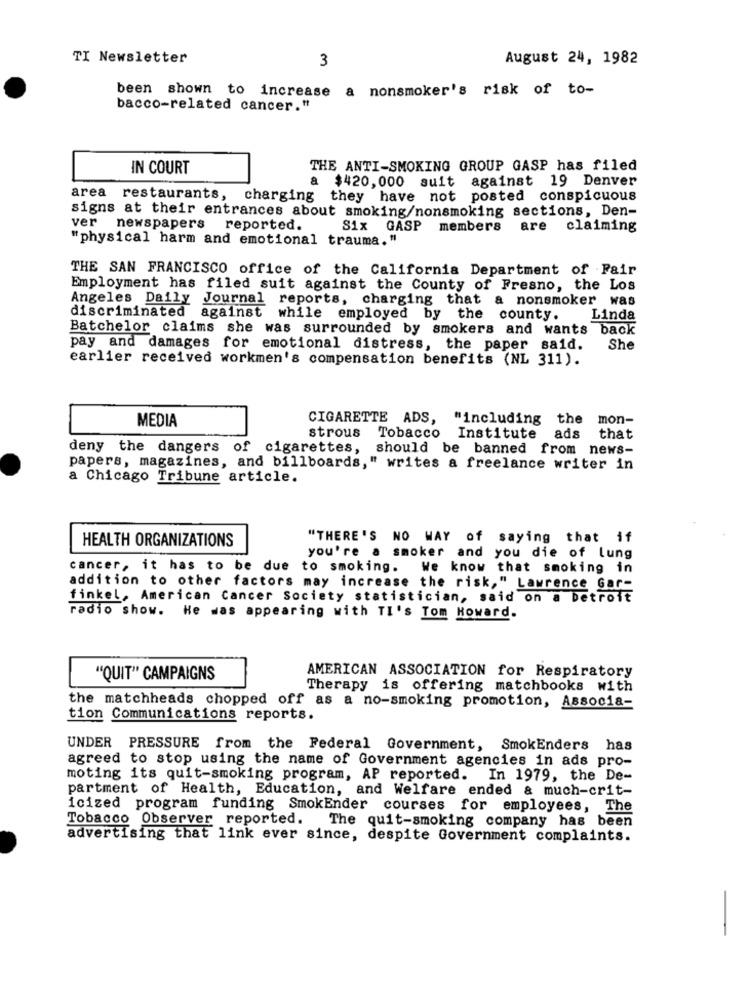
TI Newsletter
3
August 24, 1982
been shown to increase a nonsmoker's risk of to-
bacco-related cancer."
IN COURT
THE ANTI-SMOKING GROUP GASP has filed
a $420,000 suit against 19 Denver
area restaurants,
charging they have not posted conspicuous
signs at their entrances about smoking/nonsmoking sections, Den-
ver
newspapers
reported.
Six
GASP members
are
claiming
"physical harm and emotional trauma."
THE SAN FRANCISCO office of the California Department of Fair
Employment has filed suit against the County of Fresno, the Los
Angeles Daily Journal reports, charging that a nonsmoker was
discriminated against while employed by the county.
Linda
Batchelor claims she was surrounded by smokers and wants back
pay and damages for emotional distress, the paper said.
She
earlier received workmen's compensation benefits (NL 311).
MEDIA
CIGARETTE ADS, "including the
mon-
strous
Tobacco Institute ads
that
deny the dangers of cigarettes,
should be banned from news-
papers, magazines, and billboards," writes a freelance writer in
a Chicago Tribune article.
HEALTH ORGANIZATIONS
"THERE'S NO WAY of saying that if
you're a smoker and you die of lung
cancer, it has to be due to smoking. We know that smoking in
addition to other factors may increase the risk," Lawrence Gar-
finkel, American Cancer Society statistician, said on a Detroit
radio show. He was appearing with TI's Tom Howard.
"QUIT" CAMPAIGNS
AMERICAN ASSOCIATION for Respiratory
Therapy is offering matchbooks with
the matchheads chopped off as a no-smoking promotion, Associa-
tion Communications reports.
UNDER PRESSURE from the Federal Government, SmokEnders has
agreed to stop using the name of Government agencies in ads pro-
moting its quit-smoking program, AP reported. In 1979, the De-
partment of Health, Education, and Welfare ended & much-crit-
icized program funding SmokEnder courses for employees, The
Tobacco Observer reported. The quit-smoking company has been
advertising that link ever since, despite Government complaints.